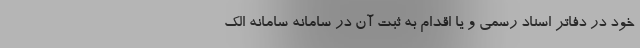
خود در دفاتر اسناد رسمی و یا اقدام به ثبت آن در سامانه سامانه الک